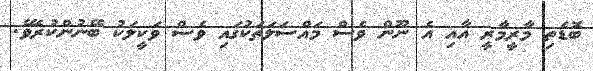
ބޮޑެތި މާރީމާރީ އާއި އެ ނޫން ވެސް މައްސަލަތަކުގައި ވެސް ވަކީލަކު ބޭނުންކުރެވޭ.